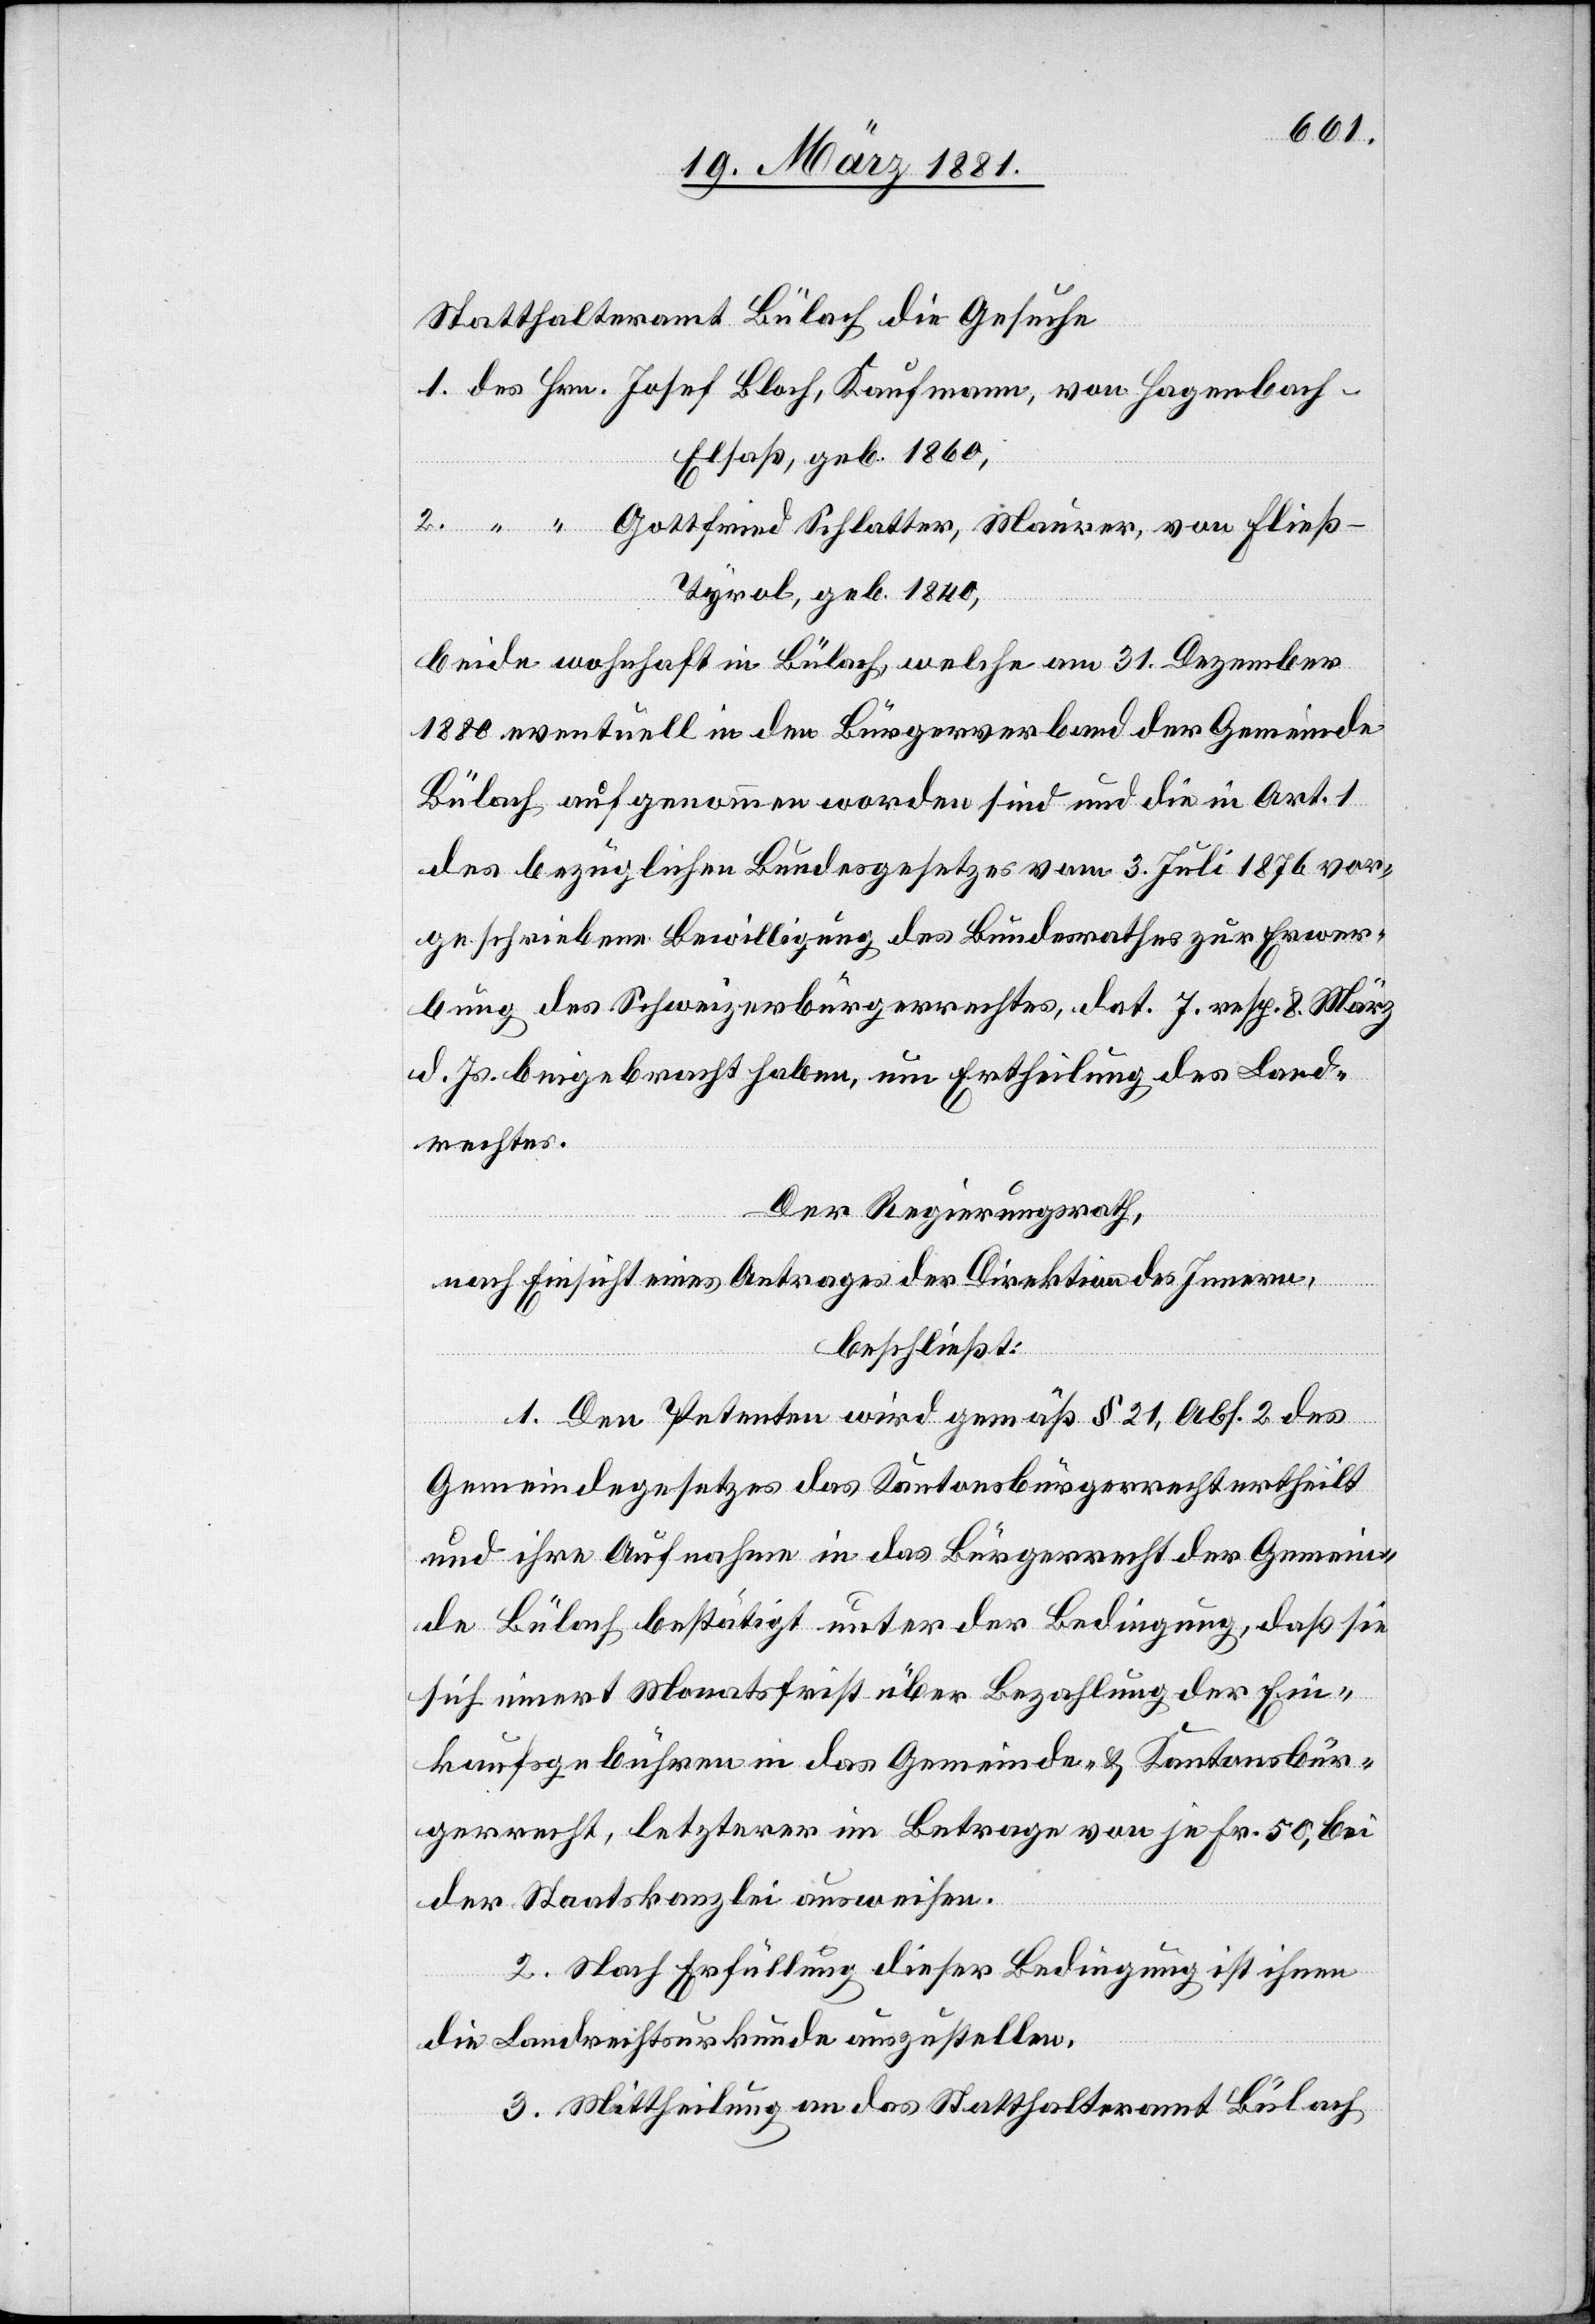
Statthalteramt Bülach die Gesuche
Elsaß, geb. 1860,
Gottfried Schlatter, Maurer, von Fließ
Tyrol, geb. 1840,
beide wohnhaft in Bülach, welche am 31. Dezember
1880 eventuell in den Bürgerverband der Gemeinde
Bülach aufgenommen worden sind und die in Art. 1
des bezüglichen Bundesgesetzes zur Erwerbung des
d. Js. beigebracht haben, um Ertheilung des Land¬
rechtes.
Der Regierungsrath,
nach Einsicht eines Antrages der Direktion des Innern,
beschließt:
1. Den Petenten wird gemäß § 21, Abs. 2 des
Gemeindegesetzes das Kantonsbürgerrecht ertheilt
und ihre Aufnahme in das Bürgerrecht der Gemein¬
de Bülach bestätigt unter der Bedingung, daß sie
sich innert Monatsfrist über Bezahlung der Ein¬
kaufsgebühren in das Gemeinde- & Kantonsbür¬
gerrecht, letzterer im Betrage von je Fr. 50, bei
der Staatskanzlei ausweisen.
2. Nach Erfüllung dieser Bedingung ist ihnen
die Landrechtsurkunde auszustellen.
3. Mittheilung an das Statthalteramt Bülach